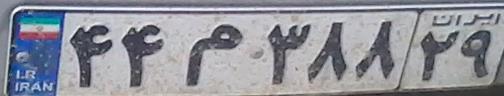
۴۴م۳۸۸۲۹